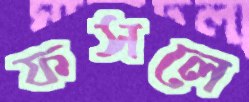
ফসলে